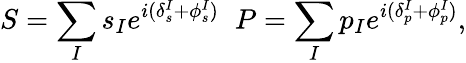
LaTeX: S=\sum_{I}s_{I}e^{i(\delta_{s}^{I}+\phi_{s}^{I})}\; \; P=\sum_{I}p_{I}e^{i(\delta_{p}^{I}+\phi_{p}^{I})},